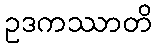
ဥဒကဿာတိ